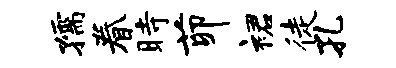
孺眷时茆裙徒孔